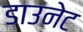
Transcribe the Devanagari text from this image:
डाउनेट